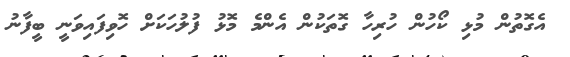
އެގޮތުން މުޅި ކޯހުން ހުރިހާ ގޮތަކުން އެންމެ މޮޅު ފުލުހަކަށް ހޮވިފައިވަނީ ބީފާނު